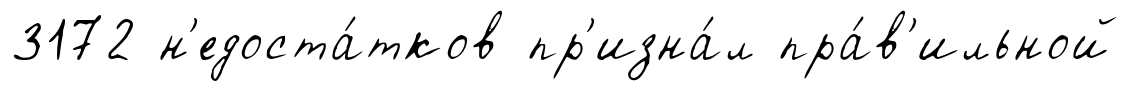
3172 н'едоста́тков пр'изна́л пра́в'ильной